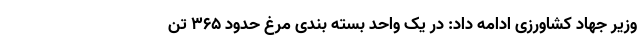
وزیر جهاد کشاورزی ادامه داد: در یک واحد بسته بندی مرغ حدود ۳۶۵ تن